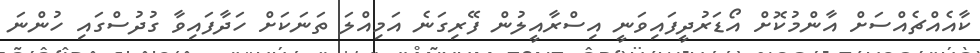
ކާއެއްޗެއްސަށް އާންމުކޮށް އޯޑަރުދީފައިވަނީ އިސްރާއީލުން ފޭރިގަނެ އަމިއްލަ ތަނަކަށް ހަދާފައިވާ ގުދުސްގައި ހުންނަ